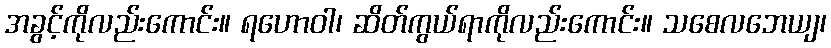
အခွင့်ကိုလည်းကောင်း။ ရဟောဝါ၊ ဆိတ်ကွယ်ရာကိုလည်းကောင်း။ သစေလဘေယျ၊